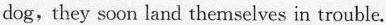
dog, they soon land themselves in trouble.